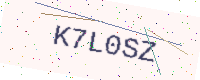
Text: K7L0SZ